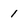
Character: 1